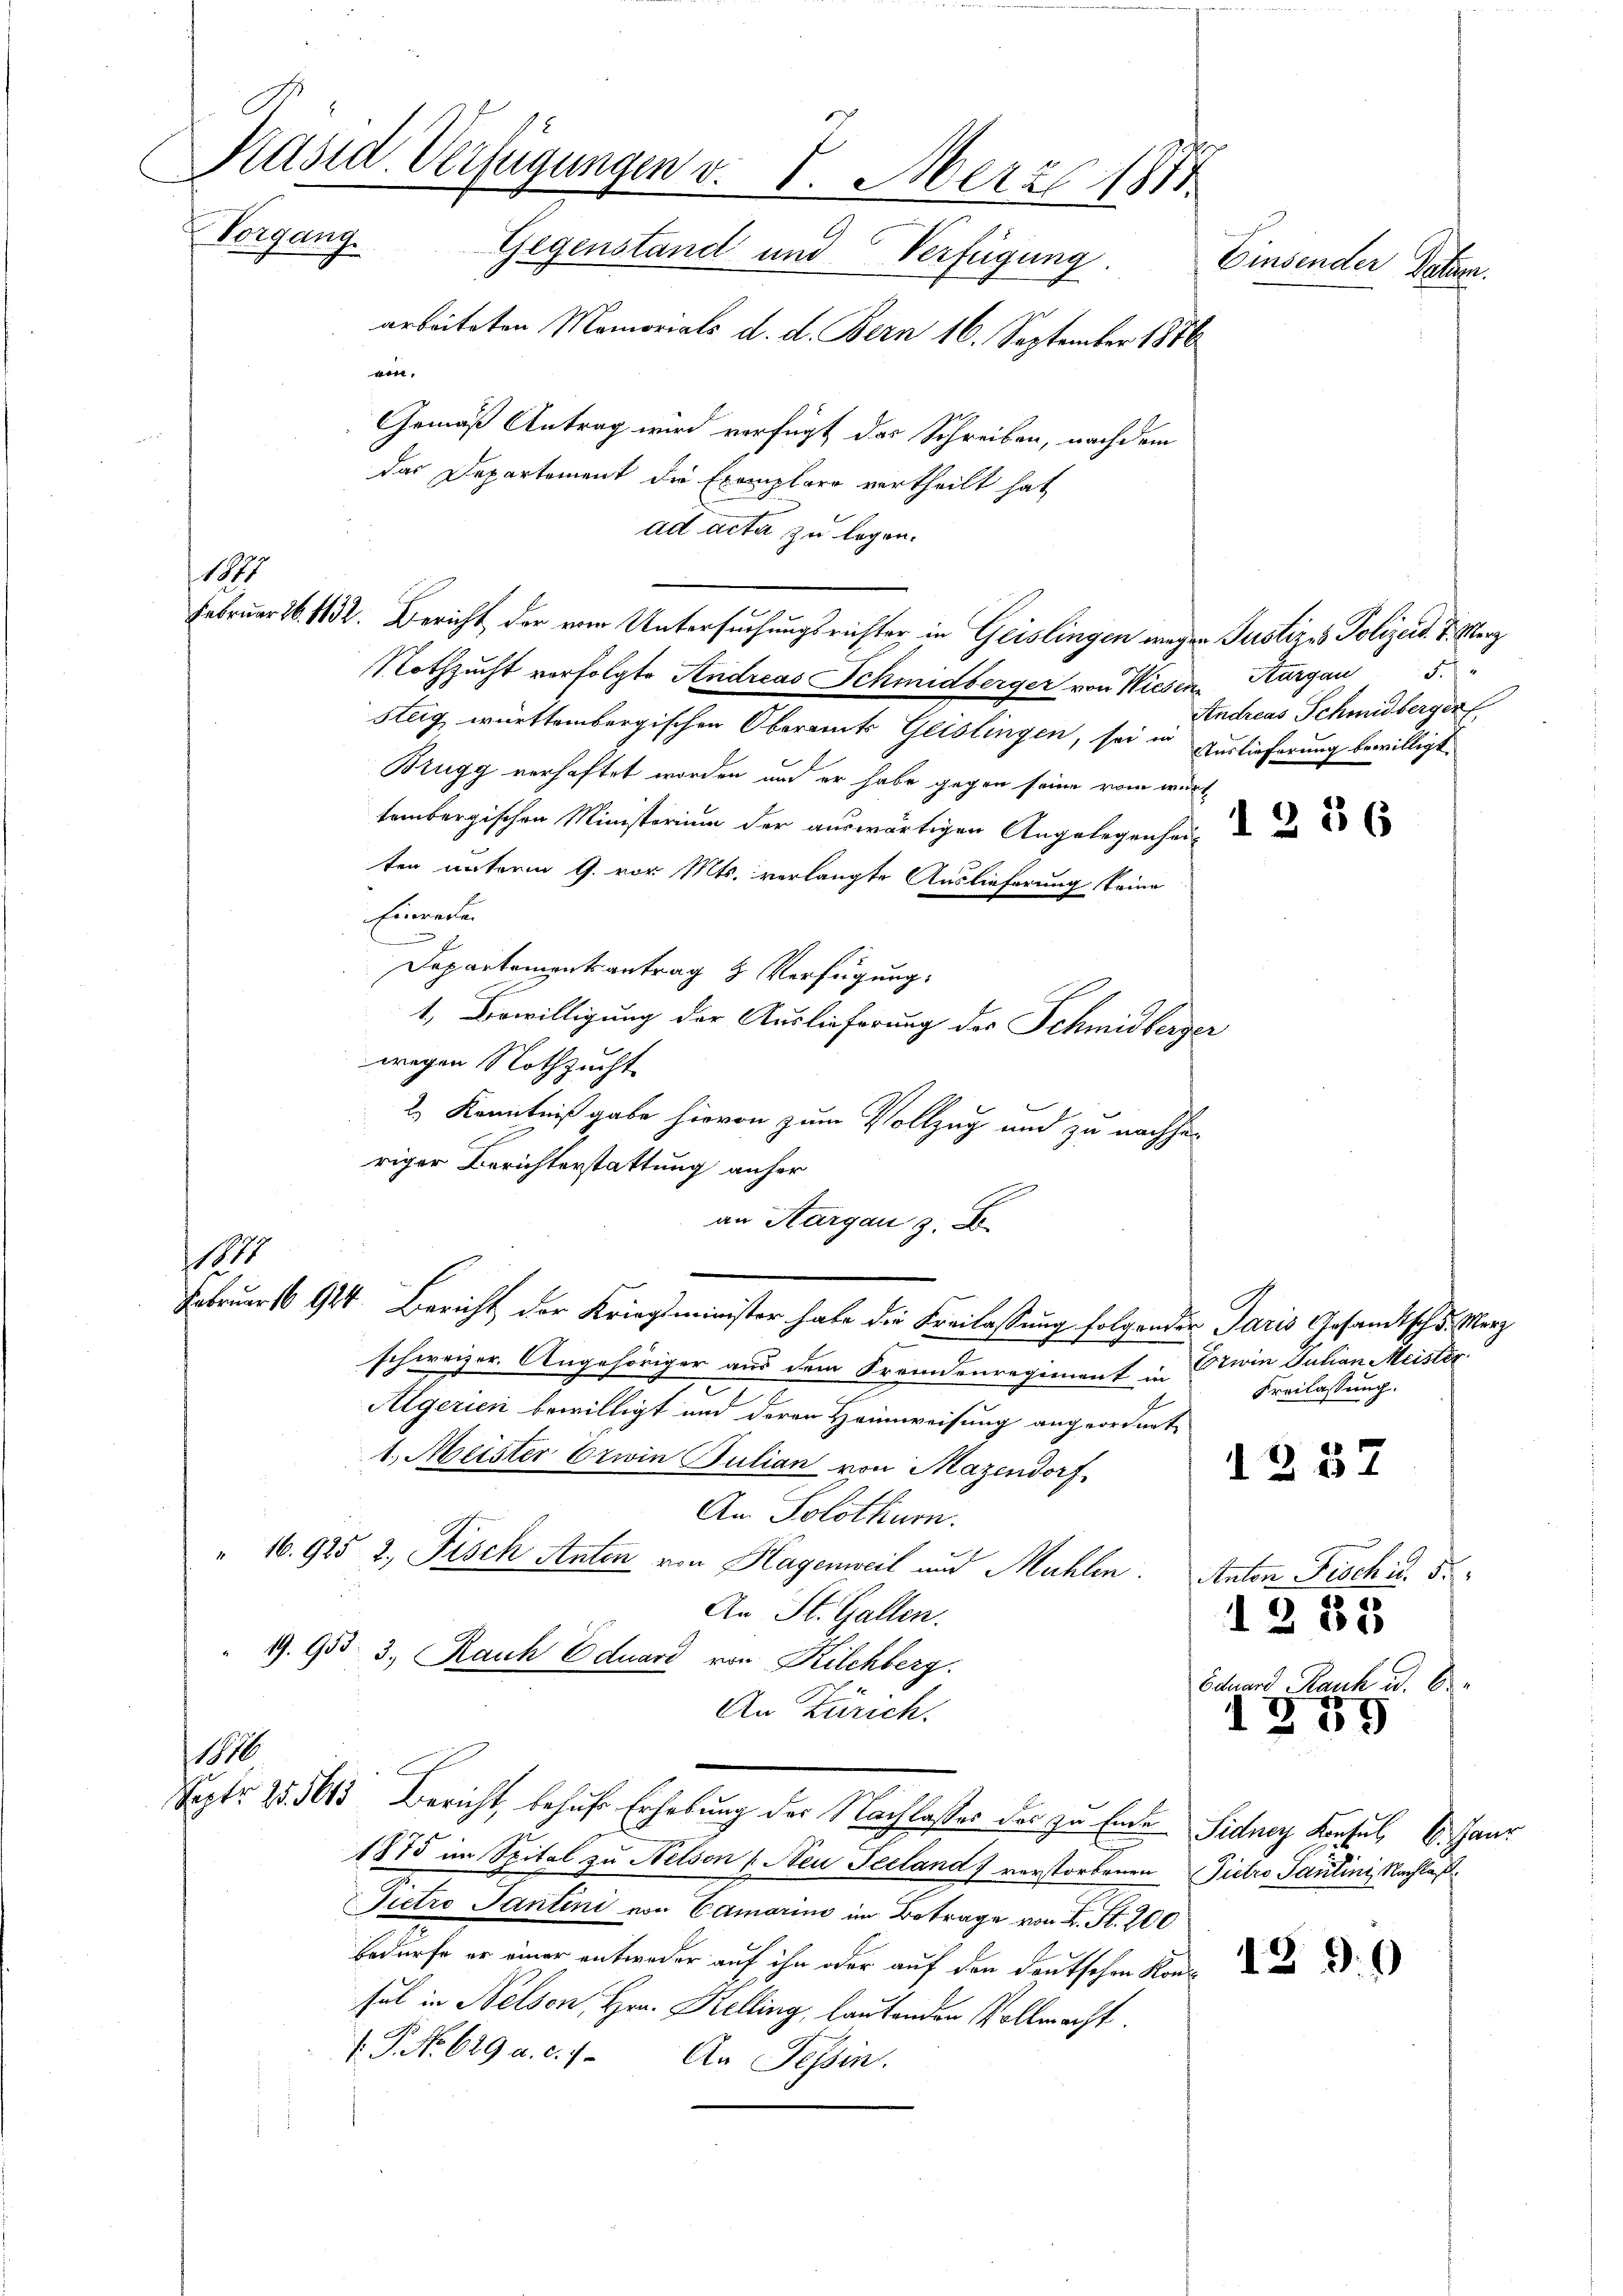
Präsid. Verfügungen v. 8. Merz 1811
Vorgang. Gegenstand und Verfügung.
Einsender Datum.
arbeiteten Memorials d. d. Bern 16. September 1876
vin,
Gemäß Antrag wird verfügt das Schreiben, nachdem
das Departement die Exemplare vertheilt hat,

ad acta zu legen.
Nothzucht verfolgte Andreas Schmidberger von Wiesen Thurgau 5.
steig württembergischen Oberamts Geistingen, sei in Auslieferung bewilligt.
Brugg verhaftet worden, und er habe gegen seine vom wurde
tembergischen Ministerium der auswärtigen Angelegenheit
ten unterm 9. vor Mts. verlangte Auslieferung keine
Frorenen
Departementsantrag & Verfügung,
1. Bewilligung der Auslieferung des Schmidberger
wegen Nothzucht
2) Kenntniß gabe hievon zum Vollzug und zu nachhe
riger Berichterstattung anher
an Aargau 3. D
Februar 16 914. Bericht der Kriegsminister habe die Freilassung folgender Paris Gesandtsch d. Merz
schweizer. Angehöriger aus dem Fremdenregiment u. Erwin Satian Meister
2
Algerien bewilligt und deren Heimweisung angeordnet
1.) Meister Erwin Julian von Mazendorf,
An Solothurn.
" 16. 925 2. Fisch Anton von Hagenweil und Mühlen. Anton Fischi. 5.
An St. Gallen.
19. 953 3., Rauh Eduard von Kilchberg.
An Zürich.
1
Septr. 25. 5615 Bericht, behufe Erhebung der Nachlasses des zu Ende Sidney Konsul, 6. Janr
1875 im Spital zu Nelson (Neu Teeland) verstorbenen Pietro Paulini, Nachlaß¬
Pietro Tantini von Camarina im Betrage von L. St. 200
bedürfe er einer entweder auf ihn oder auf den deutschen Konsul in Nelsen, Hrn. Kelling, lautenden Vollmacht.
. P. No 629 a. c. 1. An Tessin.

1887

1231

Februar 16. 1832. Bericht der vom Untersuchungsrichter in Geislingen wegen Justiz- & Polizeid. J. Merz

Andreas Schmidberger

Freilassung.
1257

1253
Eduard Rauch u. 6
1259